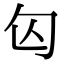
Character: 匃